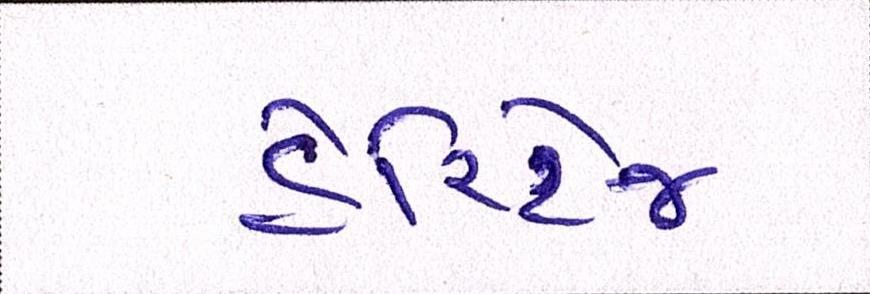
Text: હેરિટેજ